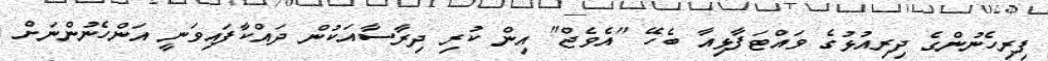
ފިރިހެނުންގެ ދިރިއުޅުގެ ވައްޓަފާޅިއާ ބެހޭ "އެވެޖް" އިން ކުރި ދިރާސާއަކުން ދައްކާފައިވަނީ އަންހެނުންނަށް